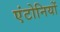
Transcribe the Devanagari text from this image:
एंटोनियों